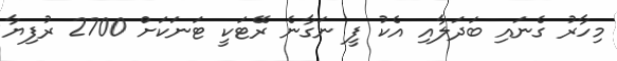
މިހާރު ގެނައި ބަދަލާއި އެކު ފީ ނަގާނެ ރޭޓަކީ ޓަނަކަށް 2700 ރުފިޔާ